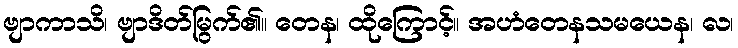
ဗျာကာသိ၊ ဗျာဒိတ်မြွက်၏။ တေန၊ ထိုကြောင့်။ အဟံတေနသမယေန၊ လ၊